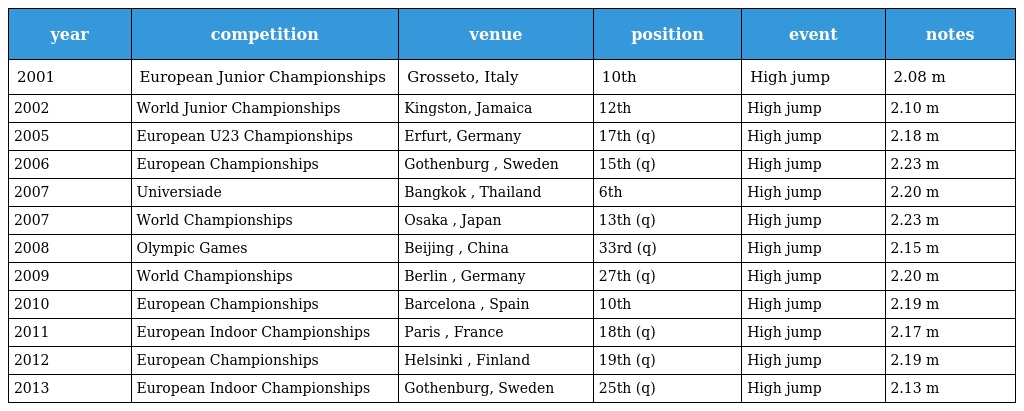
| year | competition | venue | position | event | notes |
 | --- | --- | --- | --- | --- | --- |
 | 2001 | European Junior Championships | Grosseto, Italy | 10th | High jump | 2.08 m |
 | 2002 | World Junior Championships | Kingston, Jamaica | 12th | High jump | 2.10 m |
 | 2005 | European U23 Championships | Erfurt, Germany | 17th (q) | High jump | 2.18 m |
 | 2006 | European Championships | Gothenburg , Sweden | 15th (q) | High jump | 2.23 m |
 | 2007 | Universiade | Bangkok , Thailand | 6th | High jump | 2.20 m |
 | 2007 | World Championships | Osaka , Japan | 13th (q) | High jump | 2.23 m |
 | 2008 | Olympic Games | Beijing , China | 33rd (q) | High jump | 2.15 m |
 | 2009 | World Championships | Berlin , Germany | 27th (q) | High jump | 2.20 m |
 | 2010 | European Championships | Barcelona , Spain | 10th | High jump | 2.19 m |
 | 2011 | European Indoor Championships | Paris , France | 18th (q) | High jump | 2.17 m |
 | 2012 | European Championships | Helsinki , Finland | 19th (q) | High jump | 2.19 m |
 | 2013 | European Indoor Championships | Gothenburg, Sweden | 25th (q) | High jump | 2.13 m |